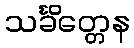
သင်္ခိတ္တေန